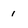
Character: 1